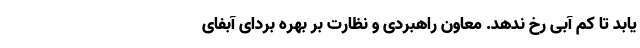
یابد تا کم آبی رخ ندهد. معاون راهبردی و نظارت بر بهره بردای آبفای